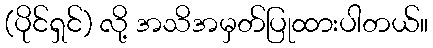
(ပိုင်ရှင်) လို့ အသိအမှတ်ပြုထားပါတယ်။